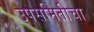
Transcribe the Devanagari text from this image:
उपसमितीचा